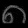
Digit: ၈